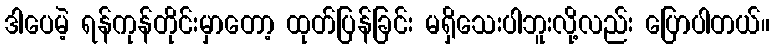
ဒါပေမဲ့ ရန်ကုန်တိုင်းမှာတော့ ထုတ်ပြန်ခြင်း မရှိသေးပါဘူးလို့လည်း ပြောပါတယ်။